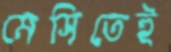
মেসিতেই